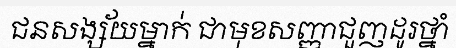
ជនសង្ស័យម្នាក់ ជាមុខសញ្ញាជួញដូរថ្នាំ